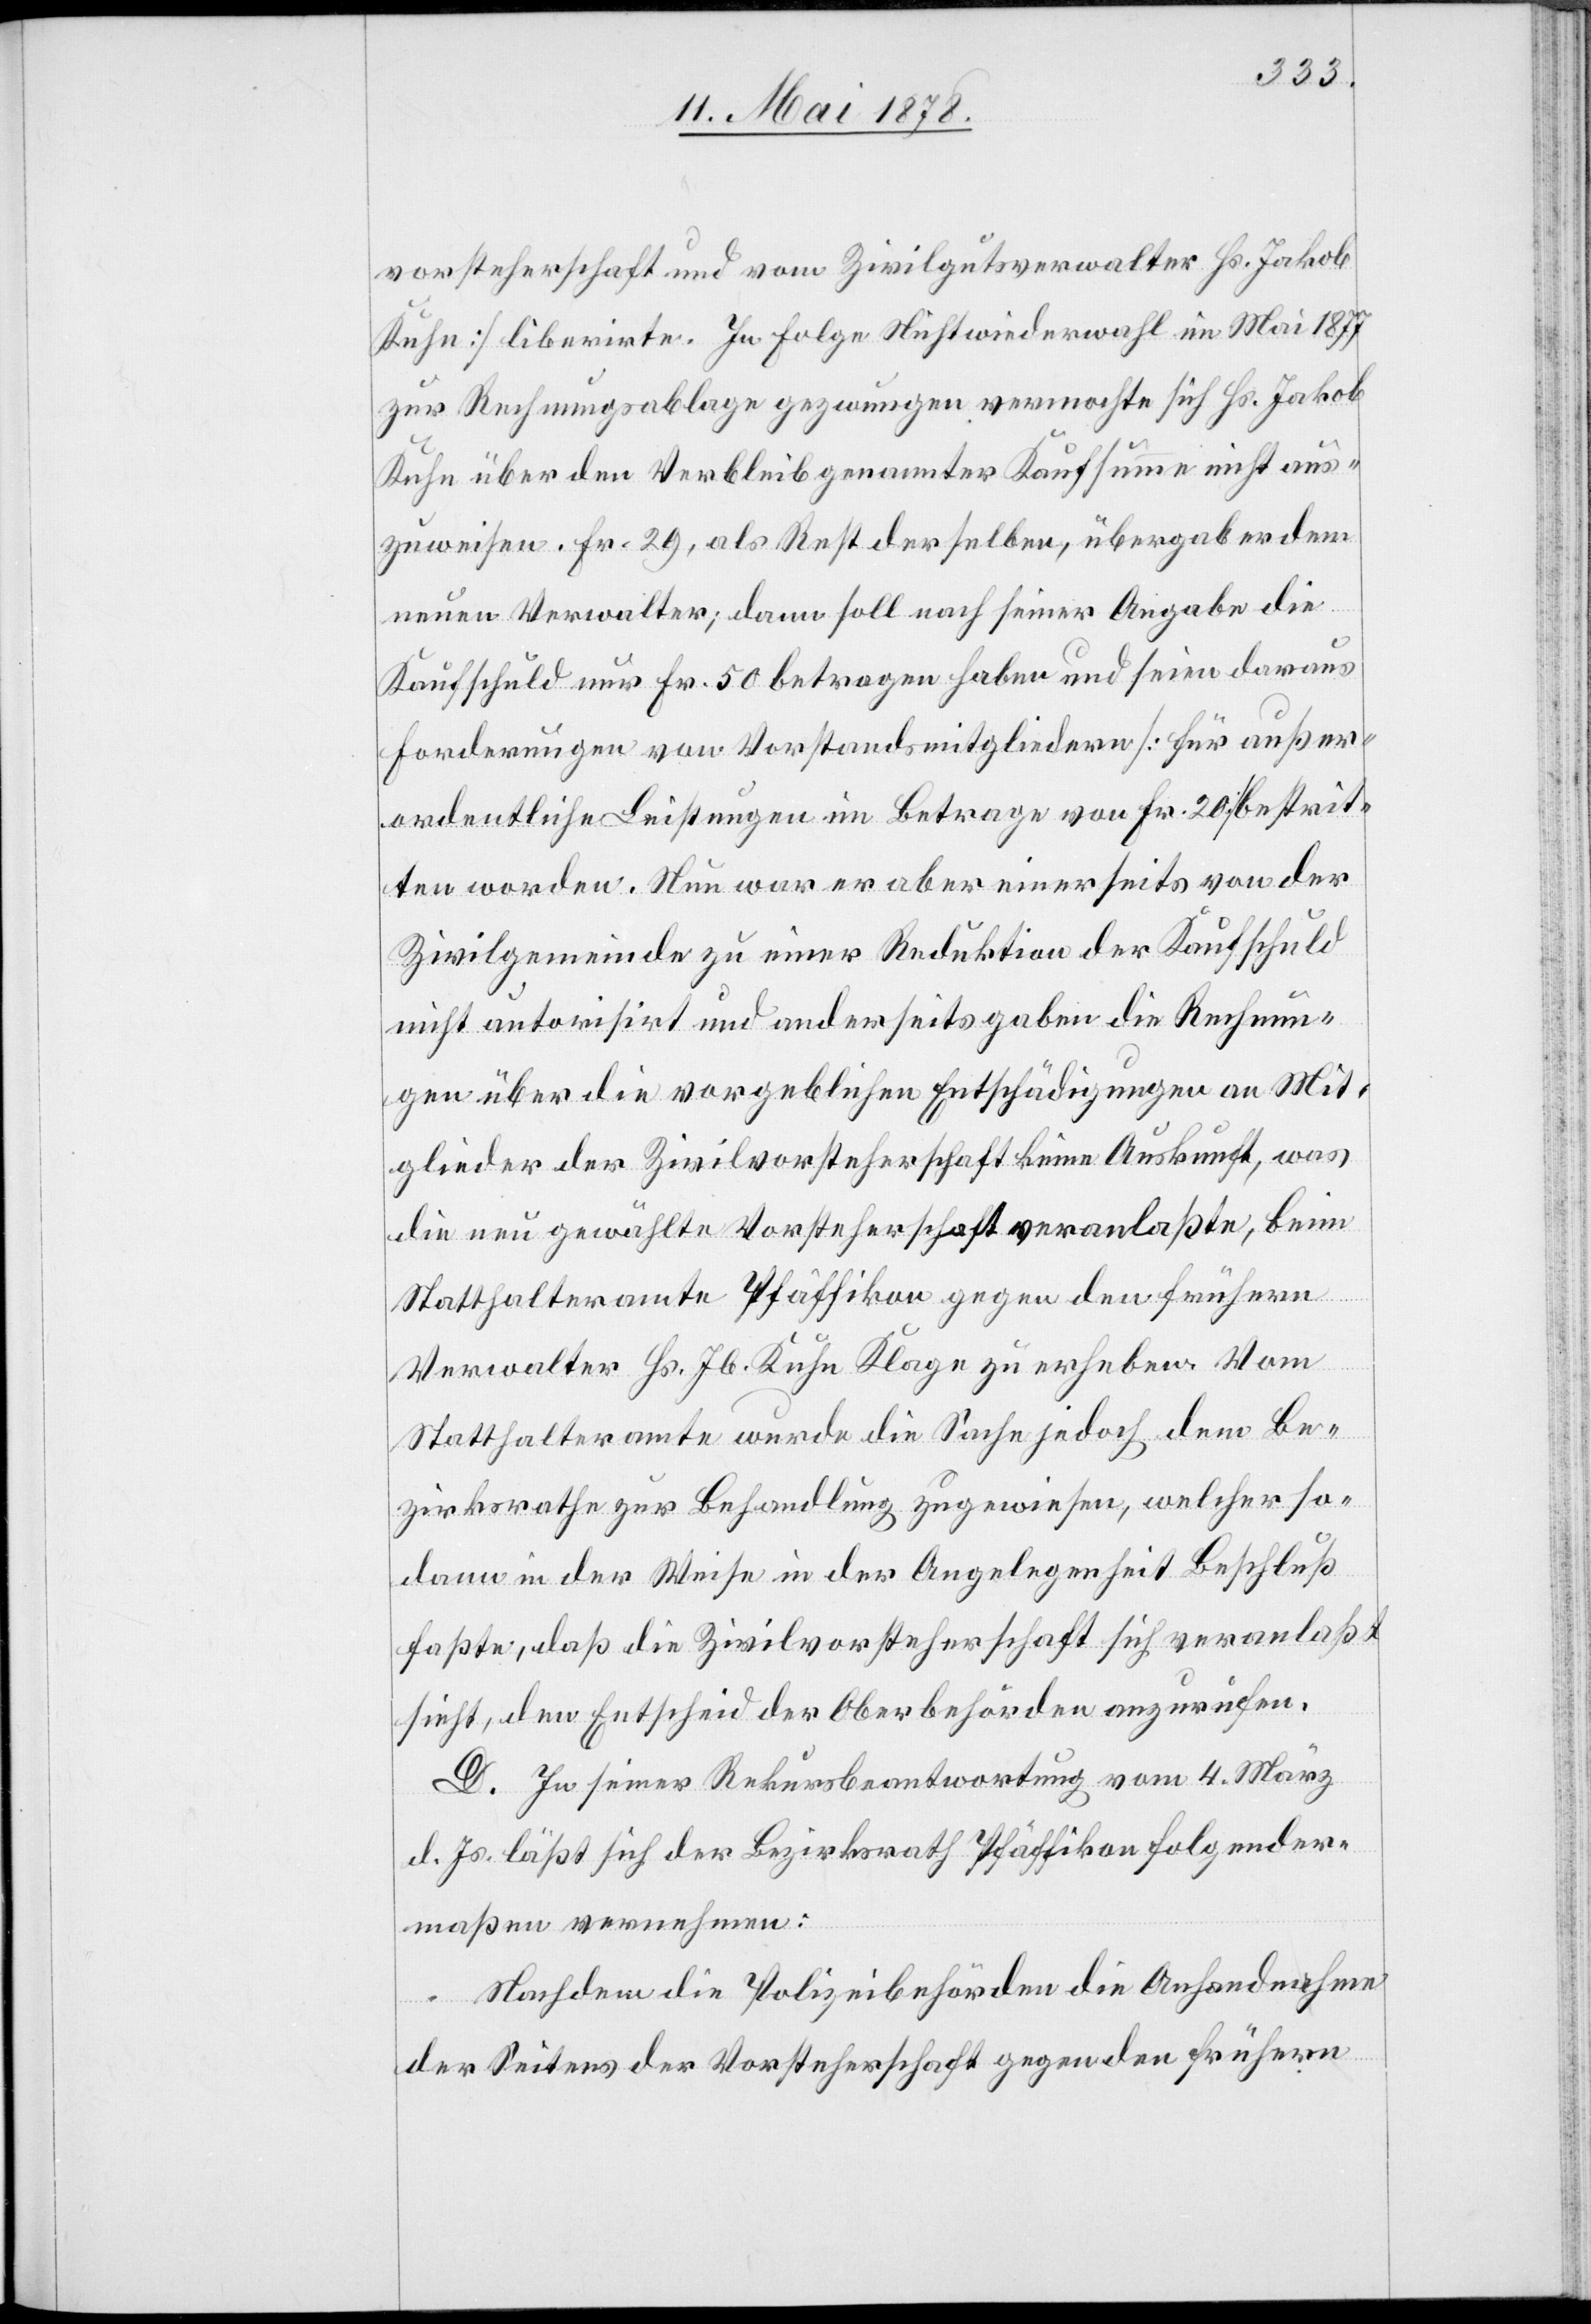
vorsteherschaft und vom Zivilgutsverwalter Hs. Jakob
Kuhn] liberirte. In Folge Nichtwiederwahl im Mai 1877
zur Rechnungsablage gezwungen vermochte sich Hs. Jakob
Kuhn über den Verbleib genannter Kaufsumme nicht aus¬
zuweisen. Fr. 29, als Rest derselben, übergab er dem
neuen Verwalter; denn soll nach seiner Angabe die
Kaufschuld nur Fr. 50 betragen haben und seien daraus
Forderungen von Vorstandsmitgliedern [für außer¬
ordentliche Leistungen im Betrage von Fr. 20] bestrit¬
ten worden. Nun war er aber einerseits von der
Zivilgemeinde zu einer Reduktion der Kaufschuld
nicht autorisirt und anderseits gaben die Rechnun¬
gen über die vorgeblichen Entschädigungen an Mit¬
glieder der Zivilvorsteherschaft keine Auskunft, was
die neu gewählte Vorsteherschaft veranlaßte, beim
Statthalteramte Pfäffikon gegen den frühern
Verwalter Hs. Jb. Kuhn Klage zu erheben. Vom
Statthalteramte wurde die Sache jedoch dem Be¬
zirksrathe zur Behandlung zugewiesen, welcher so¬
dann in der Weise in der Angelegenheit Beschluß
faßte, daß die Zivilvorsteherschaft sich veranlaßt
sieht, den Entscheid der Oberbehörden anzurufen.
D. In seiner Rekursbeantwortung vom 4. März
d. Js. läßt sich der Bezirksrath Pfäffikon folgender¬
maßen vernehmen:
Nachdem die Polizeibehörden die Anhandnahme
der Seitens der Vorsteherschaft gegen den frühern